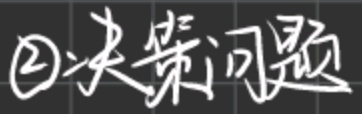
\textcircled{2}决策问题